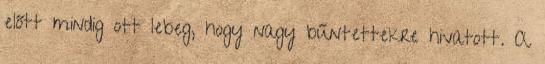
előtt mindig ott lebeg, hogy nagy bűntettekre hivatott. A